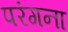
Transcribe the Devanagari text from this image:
परंगना